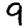
Digit: 9